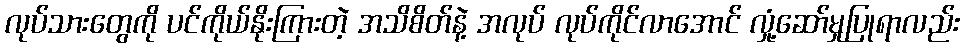
လုပ်သားတွေကို ပင်ကိုယ်နိုးကြားတဲ့ အသိစိတ်နဲ့ အလုပ် လုပ်ကိုင်လာအောင် လှုံ့ဆော်မှုပြုရာလည်း